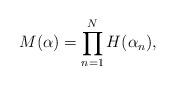
LaTeX: \begin{align*} M(\alpha) = \prod_{n=1}^N H(\alpha_n),\end{align*}